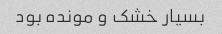
بسیار خشک و مونده بود